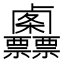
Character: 𠨌